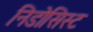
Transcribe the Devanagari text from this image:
निडोसिस्ट